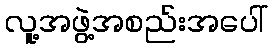
လူ့အဖွဲ့အစည်းအပေါ်